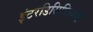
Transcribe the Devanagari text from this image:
इंटरडिसिप्लिनरी